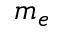
m _ { e }